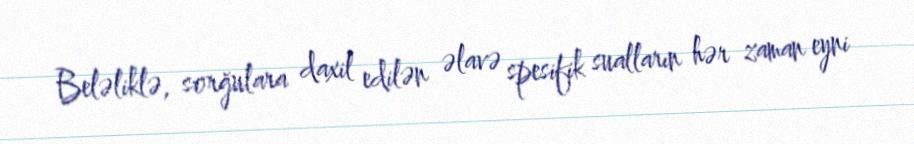
Beləliklə, sorğulara daxil edilən əlavə spesifik sualların hər zaman eyni